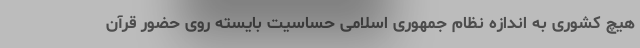
هیچ کشوری به اندازه نظام جمهوری اسلامی حساسیت بایسته روی حضور قرآن